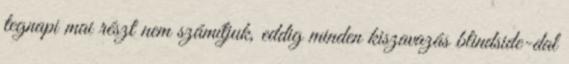
tegnapi mai részt nem számítjuk, eddig minden kiszavazás blindside-dal